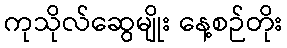
ကုသိုလ်ဆွေမျိုး နေ့စဉ်တိုး